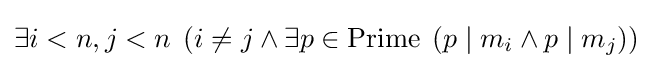
\exists i<n,j<n\;\left(i\neq j\land \exists p\in \mathrm {Prime} \;\left(p\mid m_{i}\land p\mid m_{j}\right)\right)